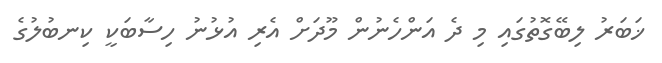
ޚަބަރު ލިބޭގޮތުގައި މި ދެ އަންހެނުން މޫދަށް އެރި އުޅުނު ހިސާބަކީ ކިނބުލުގެ